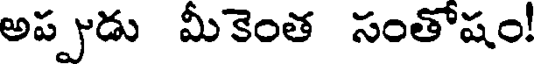
అప్పుడు మీకెంత సంతోషం!